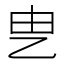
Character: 㐕